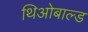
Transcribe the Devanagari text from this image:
थिओबाल्ड